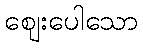
ဈေးပေါသော